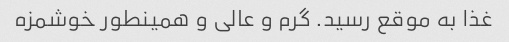
غذا به موقع رسید. گرم و عالی و همینطور خوشمزه